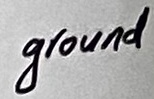
Text: ground